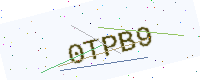
Text: 0TPB9